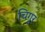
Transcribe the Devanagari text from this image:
चिगुर